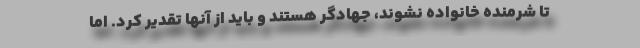
تا شرمنده خانواده نشوند، جهادگر هستند و باید از آنها تقدیر کرد. اما